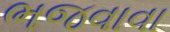
ભજવાવા